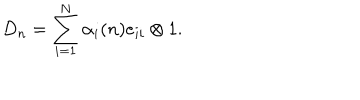
D _ { n } = \sum _ { i = 1 } ^ { N } \alpha _ { i } ( n ) e _ { i i } \otimes 1 .